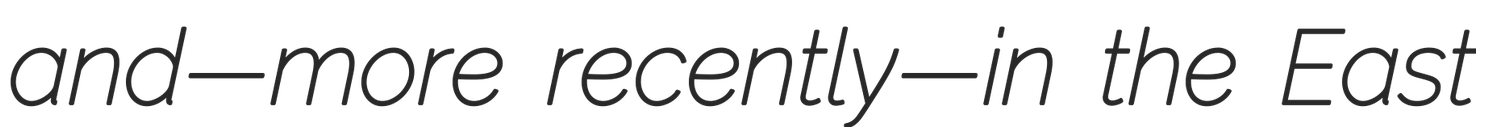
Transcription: and—more recently—in the East